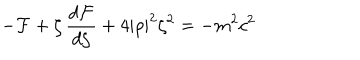
- { \cal F } + \zeta \, \frac { d { \cal F } } { d \zeta } + 4 | \rho | ^ { 2 } \zeta ^ { 2 } = - m ^ { 2 } c ^ { 2 }